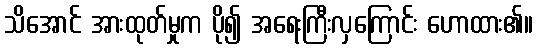
သိအောင် အားထုတ်မှုက ပို၍ အရေးကြီးလှကြောင်း ဟောထား၏။